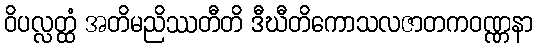
ဝိပလ္လတ္ထံ အတိမညိဿတီတိ ဒီဃီတိကောသလဇာတကဝဏ္ဏနာ